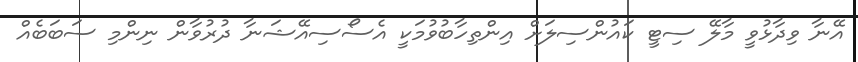
އޭނާ ވިދާޅުވީ މާލޭ ސިޓީ ކައުންސިލަށް އިންތިހާބުވުމަކީ އެސޯސިއޭޝަނާ ދުރުވާން ނިންމި ސަބަބެއް